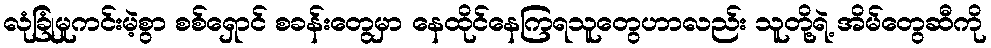
လုံခြုံမှုကင်းမဲ့စွာ စစ်ရှောင် စခန်းတွေမှာ နေထိုင်နေကြရသူတွေဟာလည်း သူတို့ရဲ့ အိမ်တွေဆီကို